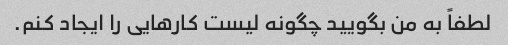
لطفاً به من بگویید چگونه لیست کارهایی را ایجاد کنم.